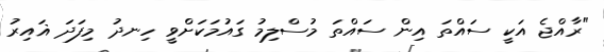
"ރާާއްޖެ އަކީ ސައްތަ އިން ސައްތަ މުސްލިމު ގައުމަކަށްވީ ހިނދު މިފަދަ ޣައިރު